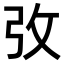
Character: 𢎿